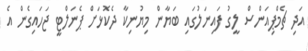
އަދި ޗެމްޕިއަންސް ލީގު ފައިނަލުގައި ބަޔާން މިޔުނިކާ ދެކޮޅަށް ޕެނަލްޓީ ޖަހައިގެން އެ